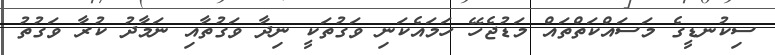
ސިކުނޑީގެ މަސައްކަތްތައް މަޑުޖެހޭ ހަމައެކަނި ވަގުތަކީ ނިދާ ވަގުތާއި ނަމާދު ކުރާ ވަގުތު